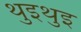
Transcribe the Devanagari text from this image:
थुइथुइ